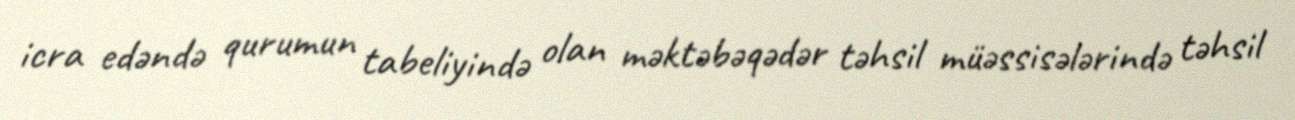
icra edəndə qurumun tabeliyində olan məktəbəqədər təhsil müəssisələrində təhsil